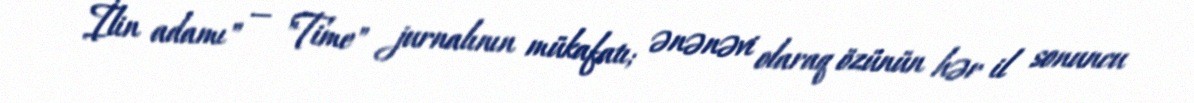
İlin adamı" — "Time" jurnalının mükafatı; ənənəvi olaraq özünün hər il sonuncu